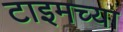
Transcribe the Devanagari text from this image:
टाइमच्या